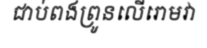
ជាប់ពងព្រូនលើរោមវា